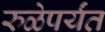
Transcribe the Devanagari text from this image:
रुळेपर्यंत